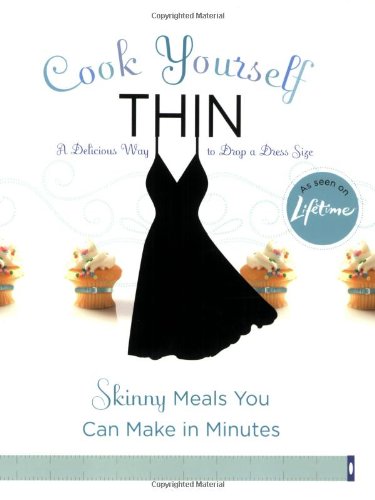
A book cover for Cook Yourself Thin: Skinny Meals You Can Make in Minutes; Lifetime Television; Health, Fitness & Dieting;